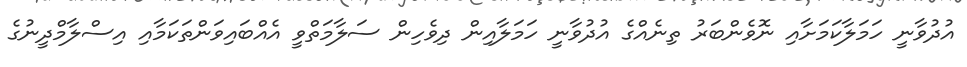
އުދުވާނީ ހަމަލާކަމަށާއި ނޮވެންބަރު ތިނެއްގެ އުދުވާނީ ހަމަލާއިން ދިވެހިން ސަލާމަތްވީ އެއްބައިވަންތަކަމާއި އިސްލާމްދީނުގެ